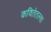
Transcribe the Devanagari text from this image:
कवितेतल्या